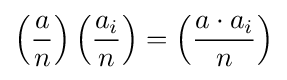
\left({\frac {a}{n}}\right)\left({\frac {a_{i}}{n}}\right)=\left({\frac {a\cdot a_{i}}{n}}\right)